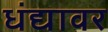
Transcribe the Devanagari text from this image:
धंद्यावर